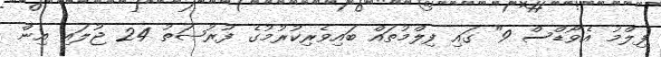
ފިލްމު އެވޯޑްސް 9" ގައި ފިލްމުތައް ބައިވެރިކުރުމުގެ ފުރުޞަތު 24 ޖުލައި އިން